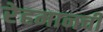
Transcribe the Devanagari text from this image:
रेहमानची